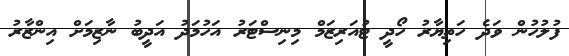
ފުލުހުން ވަދެ ހަތިޔާރު ހޯދީ ޓުއަރިޒަމް މިނިސްޓަރު އަހުމަދު އަދީބު ނާޒިމަށް އިންޒާރު